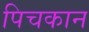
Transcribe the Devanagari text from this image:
पिचकान